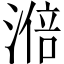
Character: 𣻃